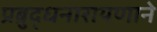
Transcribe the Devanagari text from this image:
प्रब्रुद्धनारायणाने